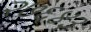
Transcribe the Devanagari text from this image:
२७६४३